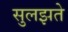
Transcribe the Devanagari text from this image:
सुलझते